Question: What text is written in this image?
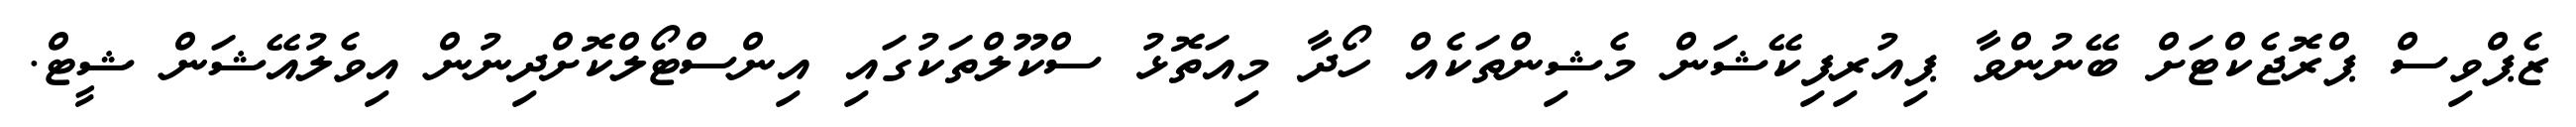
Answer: ޒެޕްވިސް ޕްރޮޖެކްޓަށް ބޭނުންވާ ޕިއުރިފިކޭޝަން މެޝިންތަކެއް ހޯދާ މިއަތޮޅު ސްކޫލްތަކުގައި އިންސްޓޯލްކޮށްދިނުން އިވެލުއޭޝަން ޝީޓް.